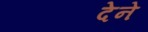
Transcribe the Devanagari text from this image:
देेने